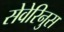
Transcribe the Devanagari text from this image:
सेवेरिनुस